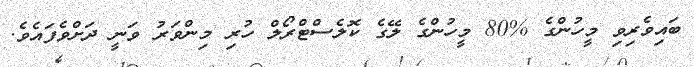
ބައިވެރިވި މީހުންގެ %80 މީހުންގެ ލޭގެ ކޮލެސްޓްރޯލް ހުރި މިންވަރު ވަނީ ދަށްވެފައެވެ.